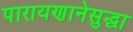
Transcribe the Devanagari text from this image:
पारायणानेसुद्धा